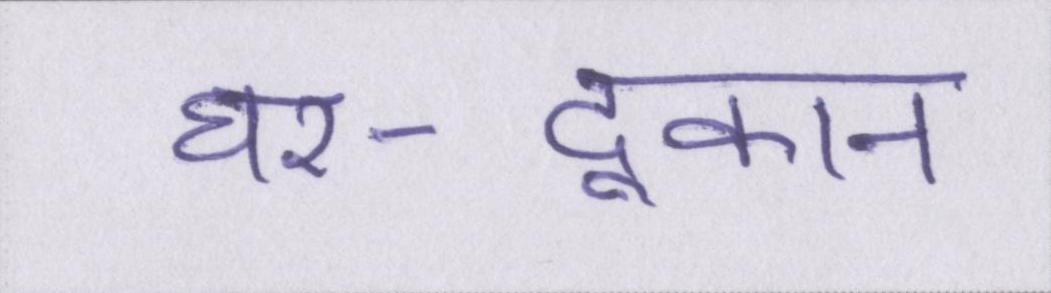
घर-दूकान